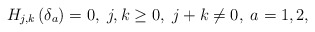
\begin{align*}H_{j,k}\left( \delta _{a}\right) =0,\;j,k\geq 0,\;j+k\neq 0,\;a=1,2,\end{align*}